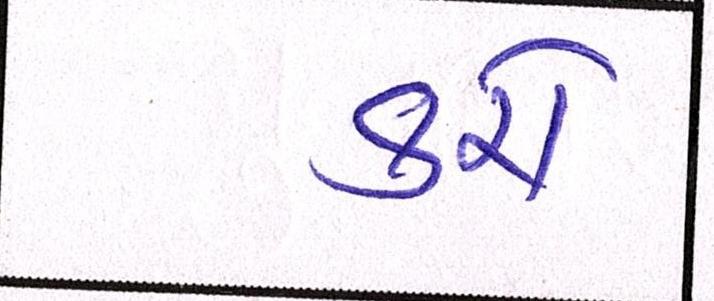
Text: કરો